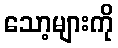
သော့များကို